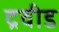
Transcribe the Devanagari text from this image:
द्रवीड